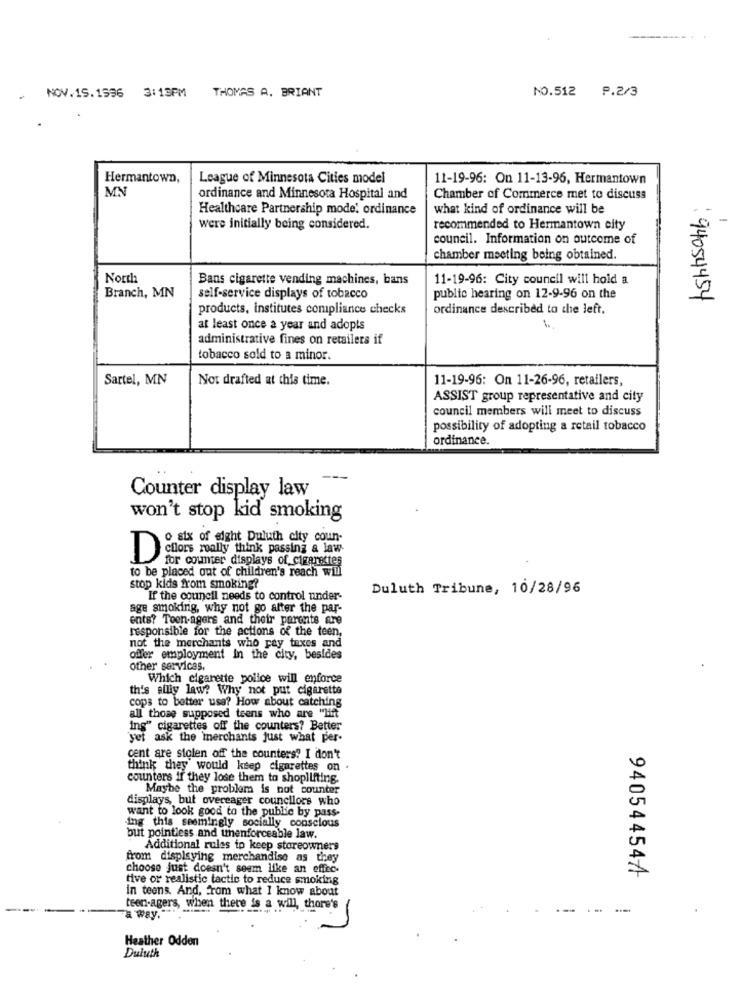
THOMAS A. BRIANT
NO.512 9.2/3
NOV.15.1996 3:13PM
Hermantown,
League of Minnesota Cities model
11-19-96: On 11-13-96, Hermantown
MN
ordinance and Minnesota Hospital and
Chamber of Commerce met to discuss
Healthcare Partnership mode' ordinance
what kind of ordinance will be
were initially being considered.
recommended to Hermantown city
council. Information on outcome of
chamber meeting being obtained.
North
Bans cigarette vending machines, bans
11-19-96: City council will hold a
Branch, MN
self-service displays of tobacco
public hearing on 12-9-96 on the
94054454
products, institutes compliance checks
ordinance described to the left,
at least once a year and adopts
administrative fines on retailers if
tobacco sold to a minor.
Sartel, MN
Not drafted at this time.
11-19-96: On 11-26-96, retailers,
ASSIST group representative and city
council members will meet to discuss
possibility of adopting a retail tobacco
ordinance.
--
Counter display law
won't stop kid smoking
o six of eight Duluth city coun-
cilors really think passing a law
D
for counter displays of cigarettes
to be placed out of children's reach will
stop kids from smoking?
Duluth Tribune, 10/28/96
If the council needs to control under-
age smoking, why not go after the par-
ents? Toen-agers and their parents are
responsible for the actions of the teen,
not the merchants who pay taxes and
offer employment In the city, besides
other services.
Which cigarette police will enforce
th's allly law? Why not put cigarette
cops to better usa? How about catching
all those supposed teens who are "lift
ing" cigarettes off the counters? Better
yet ask the merchants just what per-
cent are stolen off the counters? I don't
think they would keep cigarettes on .
counters if they lose them to shoplifting.
Maybe the problem is not counter
displays, but overeager councilors who
want to look good to the public by pass-
ing this seemingly socially conscious
but pointless and unenforceable law.
Additional rules ip keep storeowners
from displaying merchandise as they
choose just doesn't seem like an effec.
940544547
tive or realistic tactic to reduce smoking
in teens. And, from what I know about
teen-agers, when there is a will, thore's
a way."
Heather Odden
Duluth